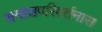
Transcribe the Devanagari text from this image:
समाजपरिवर्तनास